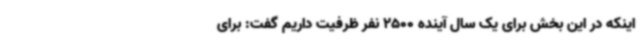
اینکه در این بخش برای یک سال آینده 2500 نفر ظرفیت داریم گفت: برای